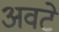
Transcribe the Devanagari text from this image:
अवटे